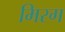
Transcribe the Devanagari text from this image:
मिरग